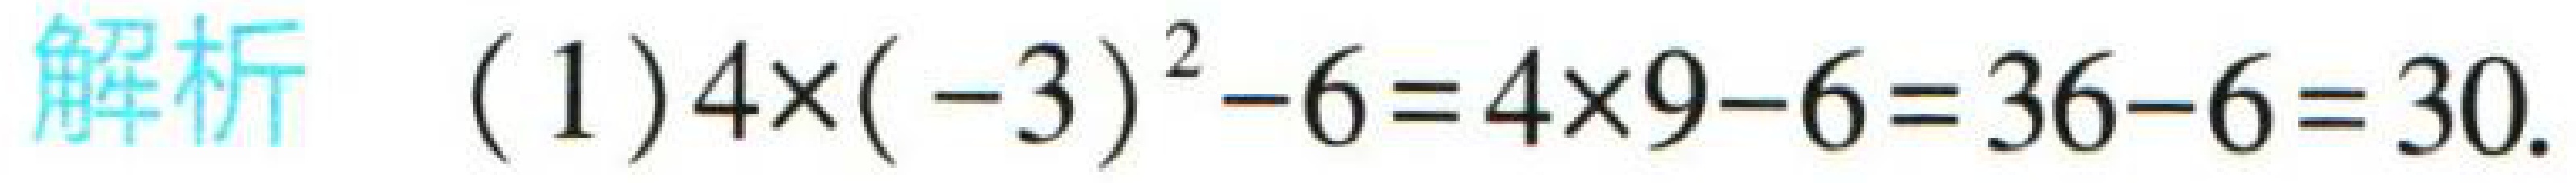
\( (1)4\times(-3)^{2}-6=4\times9 - 6=36-6=30 \)